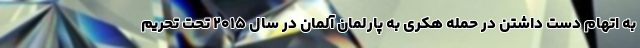
به اتهام دست داشتن در حمله هکری به پارلمان آلمان در سال ۲۰۱۵ تحت تحریم